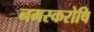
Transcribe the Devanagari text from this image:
नमस्करोषि